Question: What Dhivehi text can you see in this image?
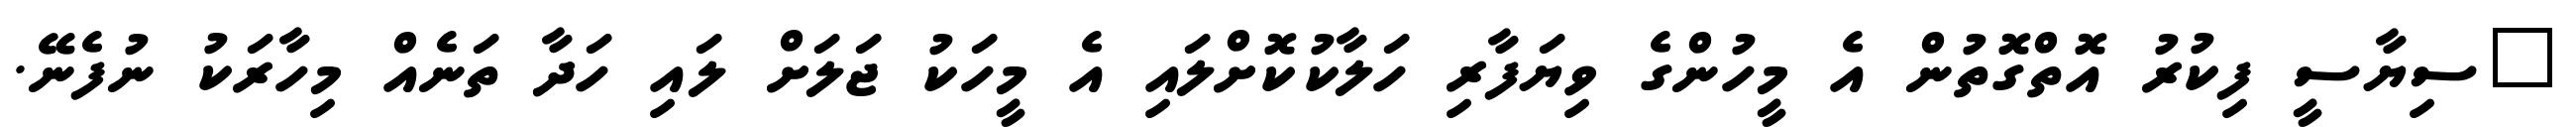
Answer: "ސިޔާސީ ފިކުރު އޮތްގޮތުން އެ މީހުންގެ ވިޔަފާރި ހަލާކުކޮށްލައި އެ މީހަކު ޖަލަށް ލައި ހަދާ ތަނެއް މިހާރަކު ނުފެނޭ.